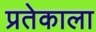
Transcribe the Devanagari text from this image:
प्रतेकाला